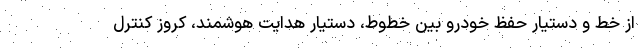
از خط و دستیار حفظ خودرو بین خطوط، دستیار هدایت هوشمند، کروز کنترل